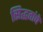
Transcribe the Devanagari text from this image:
सिद्धतांचे